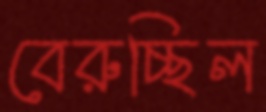
বেরুচ্ছিল